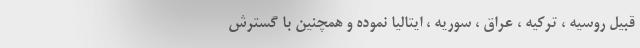
قبیل روسیه ، ترکیه ، عراق ، سوریه ، ایتالیا نموده و همچنین با گسترش